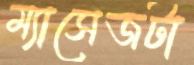
ম্যাসেজটা